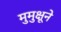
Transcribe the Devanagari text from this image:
मुमुक्षूने